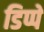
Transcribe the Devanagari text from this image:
डिप्पे